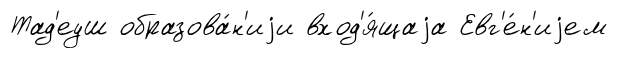
Тад'еуш образова́н'иjи вход'я́щаjа Евг'е́н'иjем